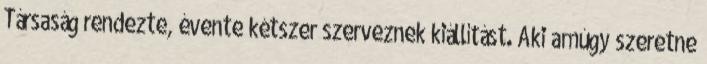
Társaság rendezte, évente kétszer szerveznek kiállítást. Aki amúgy szeretne